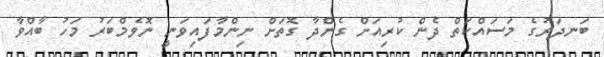
ބަނދަރުގެ މަސައްކަތް ދެން ކުރިއަށް ގެންދާ ގޮތަށް ނިންމާފައިވަނީ ނޮވެމްބަރު މަހު ބާއްވާ